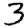
Digit: 3